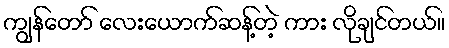
ကျွန်တော် လေးယောက်ဆန့်တဲ့ ကား လိုချင်တယ်။